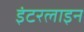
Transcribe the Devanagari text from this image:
इंटरलाइन